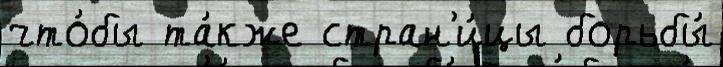
что́бы та́кже стран'и́цы борьбы́